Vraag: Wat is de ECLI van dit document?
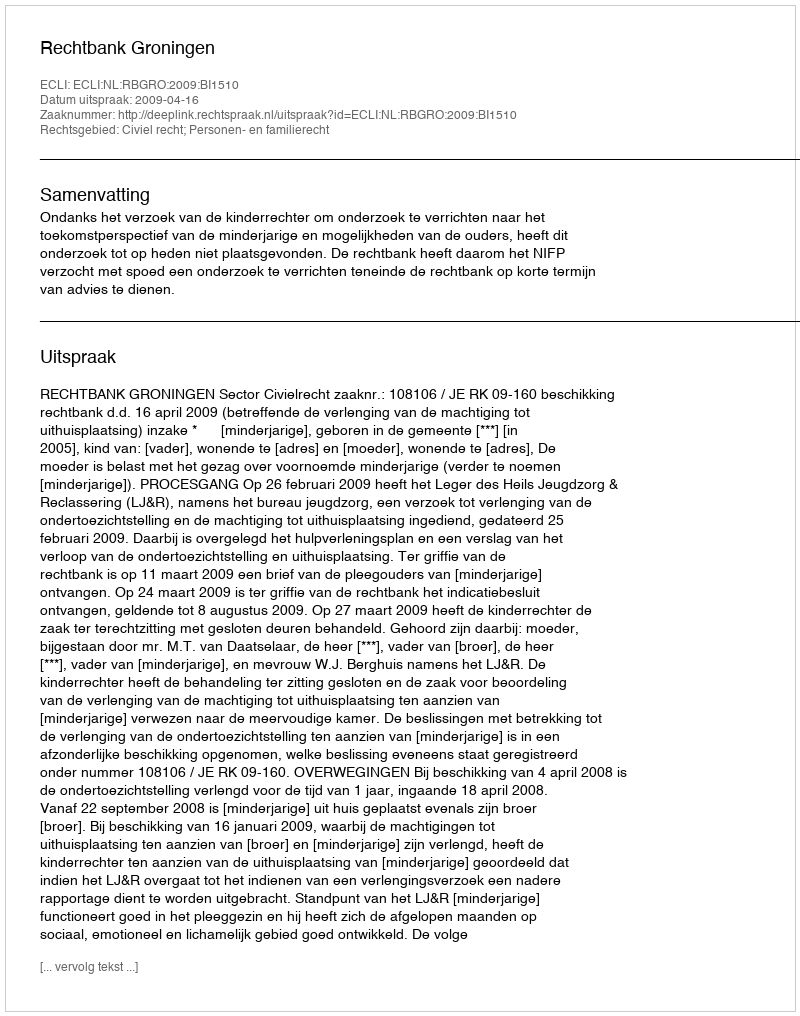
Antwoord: ECLI:NL:RBGRO:2009:BI1510